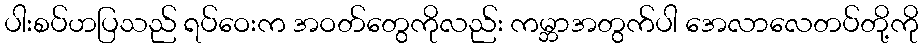
ပါးစပ်ဟပြသည် ရပ်ဝေးက အဝတ်တွေကိုလည်း ကမ္ဘာအတွက်ပါ အေလာလေတပ်တို့ကို